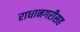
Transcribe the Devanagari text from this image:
राधानगरीसह